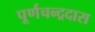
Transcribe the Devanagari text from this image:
पूर्णचन्द्रदास